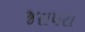
જસપરા